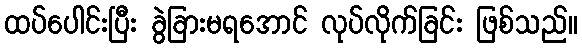
ထပ်ပေါင်းပြီး ခွဲခြားမရအောင် လုပ်လိုက်ခြင်း ဖြစ်သည်။